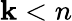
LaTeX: \mathbf{k}<n